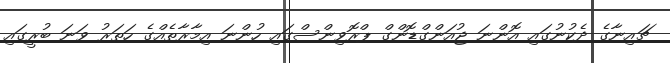
ޗައިނާގެ ދެކުނުގައި އޮންނަ ޖުއަންގްޑޮންގް ޕްރޮވިންސްގައި ހުންނަ އިމާރާތެއްގެ ހަތަރު ވަނަ ބުރީގައި